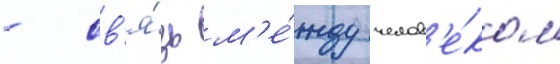
- св'я́зь м'е́жду челов'е́ком